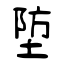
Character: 埅